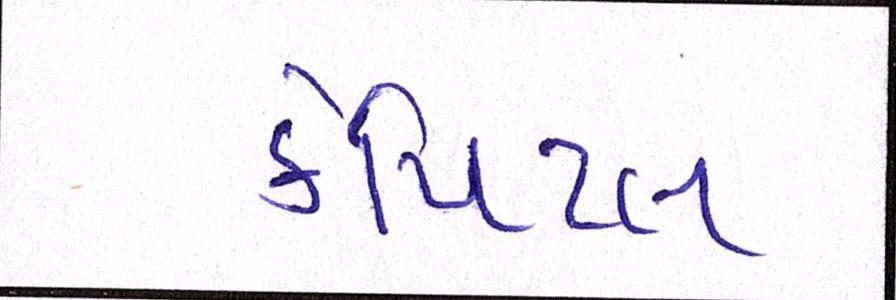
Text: કેપિટલ